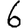
Digit: 6